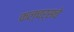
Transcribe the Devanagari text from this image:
कल्चर्सचे